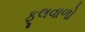
ફૂલવાળો